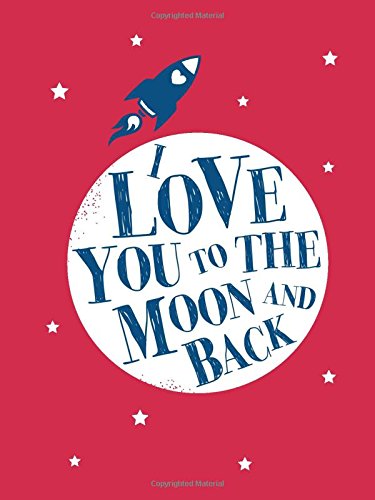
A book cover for I Love You to the Moon and Back; Andrews McMeel Publishing LLC; Parenting & Relationships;